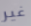
غير